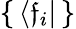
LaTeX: \{ \, \langle\mathfrak{f}_{i}|\, \}